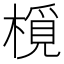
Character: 㯒